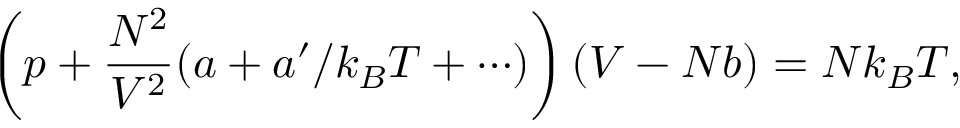
\left( p + { \frac { N ^ { 2 } } { V ^ { 2 } } } ( a + a ^ { \prime } / k _ { B } T + \cdots ) \right) ( V - N b ) = N k _ { B } T ,